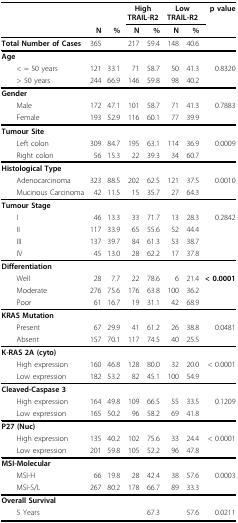
<table><thead><tr><td></td><td></td><td></td><td colspan="2"><b>High TRAIL-R2</b></td><td colspan="2"><b>Low TRAIL-R2</b></td><td><b>p value</b></td></tr><tr><td></td><td><b>N</b></td><td><b>%</b></td><td><b>N</b></td><td><b>%</b></td><td><b>N</b></td><td><b>%</b></td><td></td></tr></thead><tbody><tr><td><b>Total Number of Cases</b></td><td>365</td><td></td><td>217</td><td>59.4</td><td>148</td><td>40.6</td><td></td></tr><tr><td><b>Age</b></td><td></td><td></td><td></td><td></td><td></td><td></td><td></td></tr><tr><td> &lt; = 50 years</td><td>121</td><td>33.1</td><td>71</td><td>58.7</td><td>50</td><td>41.3</td><td>0.8320</td></tr><tr><td> &gt; 50 years</td><td>244</td><td>66.9</td><td>146</td><td>59.8</td><td>98</td><td>40.2</td><td></td></tr><tr><td><b>Gender</b></td><td></td><td></td><td></td><td></td><td></td><td></td><td></td></tr><tr><td> Male</td><td>172</td><td>47.1</td><td>101</td><td>58.7</td><td>71</td><td>41.3</td><td>0.7883</td></tr><tr><td> Female</td><td>193</td><td>52.9</td><td>116</td><td>60.1</td><td>77</td><td>39.9</td><td></td></tr><tr><td><b>Tumour Site</b></td><td></td><td></td><td></td><td></td><td></td><td></td><td></td></tr><tr><td> Left colon</td><td>309</td><td>84.7</td><td>195</td><td>63.1</td><td>114</td><td>36.9</td><td>0.0009</td></tr><tr><td> Right colon</td><td>56</td><td>15.3</td><td>22</td><td>39.3</td><td>34</td><td>60.7</td><td></td></tr><tr><td><b>Histological Type</b></td><td></td><td></td><td></td><td></td><td></td><td></td><td></td></tr><tr><td> Adenocarcinoma</td><td>323</td><td>88.5</td><td>202</td><td>62.5</td><td>121</td><td>37.5</td><td>0.0010</td></tr><tr><td> Mucinous Carcinoma</td><td>42</td><td>11.5</td><td>15</td><td>35.7</td><td>27</td><td>64.3</td><td></td></tr><tr><td><b>Tumour Stage</b></td><td></td><td></td><td></td><td></td><td></td><td></td><td></td></tr><tr><td> I</td><td>46</td><td>13.3</td><td>33</td><td>71.7</td><td>13</td><td>28.3</td><td>0.2842</td></tr><tr><td> II</td><td>117</td><td>33.9</td><td>65</td><td>55.6</td><td>52</td><td>44.4</td><td></td></tr><tr><td> III</td><td>137</td><td>39.7</td><td>84</td><td>61.3</td><td>53</td><td>38.7</td><td></td></tr><tr><td> IV</td><td>45</td><td>13.0</td><td>28</td><td>62.2</td><td>17</td><td>37.8</td><td></td></tr><tr><td><b>Differentiation</b></td><td></td><td></td><td></td><td></td><td></td><td></td><td></td></tr><tr><td> Well</td><td>28</td><td>7.7</td><td>22</td><td>78.6</td><td>6</td><td>21.4</td><td><b>&lt; 0.0001</b></td></tr><tr><td> Moderate</td><td>276</td><td>75.6</td><td>176</td><td>63.8</td><td>100</td><td>36.2</td><td></td></tr><tr><td> Poor</td><td>61</td><td>16.7</td><td>19</td><td>31.1</td><td>42</td><td>68.9</td><td></td></tr><tr><td><b>KRAS Mutation</b></td><td></td><td></td><td></td><td></td><td></td><td></td><td></td></tr><tr><td> Present</td><td>67</td><td>29.9</td><td>41</td><td>61.2</td><td>26</td><td>38.8</td><td>0.0481</td></tr><tr><td> Absent</td><td>157</td><td>70.1</td><td>117</td><td>74.5</td><td>40</td><td>25.5</td><td></td></tr><tr><td><b>K-RAS 2A (cyto)</b></td><td></td><td></td><td></td><td></td><td></td><td></td><td></td></tr><tr><td> High expression</td><td>160</td><td>46.8</td><td>128</td><td>80.0</td><td>32</td><td>20.0</td><td>&lt; 0.0001</td></tr><tr><td> Low expression</td><td>182</td><td>53.2</td><td>82</td><td>45.1</td><td>100</td><td>54.9</td><td></td></tr><tr><td><b>Cleaved-Caspase 3</b></td><td></td><td></td><td></td><td></td><td></td><td></td><td></td></tr><tr><td> High expression</td><td>164</td><td>49.8</td><td>109</td><td>66.5</td><td>55</td><td>33.5</td><td>0.1209</td></tr><tr><td> Low expression</td><td>165</td><td>50.2</td><td>96</td><td>58.2</td><td>69</td><td>41.8</td><td></td></tr><tr><td><b>P27 (Nuc)</b></td><td></td><td></td><td></td><td></td><td></td><td></td><td></td></tr><tr><td> High expression</td><td>135</td><td>40.2</td><td>102</td><td>75.6</td><td>33</td><td>24.4</td><td>&lt; 0.0001</td></tr><tr><td> Low expression</td><td>201</td><td>59.8</td><td>105</td><td>52.2</td><td>96</td><td>47.8</td><td></td></tr><tr><td><b>MSI-Molecular</b></td><td></td><td></td><td></td><td></td><td></td><td></td><td></td></tr><tr><td> MSI-H</td><td>66</td><td>19.8</td><td>28</td><td>42.4</td><td>38</td><td>57.6</td><td>0.0003</td></tr><tr><td> MSI-S/L</td><td>267</td><td>80.2</td><td>178</td><td>66.7</td><td>89</td><td>33.3</td><td></td></tr><tr><td><b>Overall Survival</b></td><td></td><td></td><td></td><td></td><td></td><td></td><td></td></tr><tr><td> 5 Years</td><td></td><td></td><td></td><td>67.3</td><td></td><td>57.6</td><td>0.0211</td></tr></tbody></table>